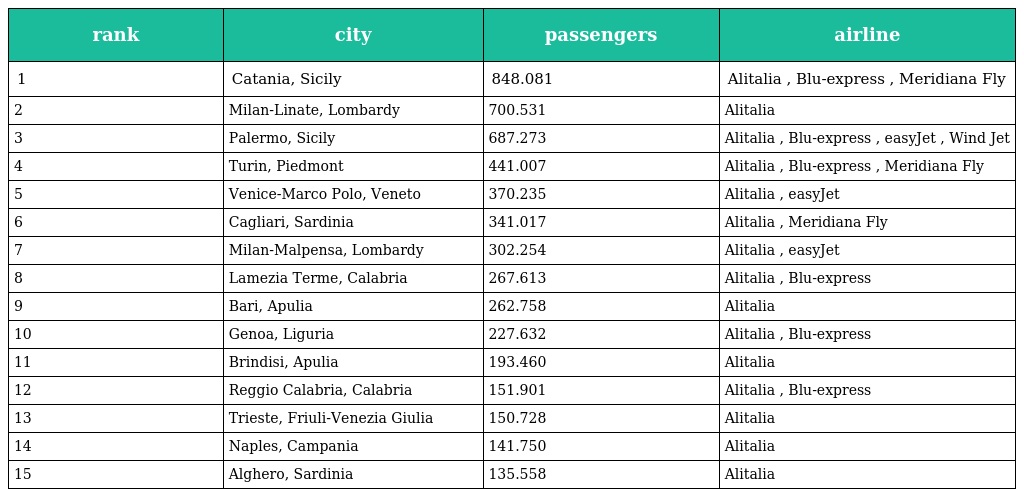
| rank | city | passengers | airline |
 | --- | --- | --- | --- |
 | 1 | Catania, Sicily | 848.081 | Alitalia , Blu-express , Meridiana Fly |
 | 2 | Milan-Linate, Lombardy | 700.531 | Alitalia |
 | 3 | Palermo, Sicily | 687.273 | Alitalia , Blu-express , easyJet , Wind Jet |
 | 4 | Turin, Piedmont | 441.007 | Alitalia , Blu-express , Meridiana Fly |
 | 5 | Venice-Marco Polo, Veneto | 370.235 | Alitalia , easyJet |
 | 6 | Cagliari, Sardinia | 341.017 | Alitalia , Meridiana Fly |
 | 7 | Milan-Malpensa, Lombardy | 302.254 | Alitalia , easyJet |
 | 8 | Lamezia Terme, Calabria | 267.613 | Alitalia , Blu-express |
 | 9 | Bari, Apulia | 262.758 | Alitalia |
 | 10 | Genoa, Liguria | 227.632 | Alitalia , Blu-express |
 | 11 | Brindisi, Apulia | 193.460 | Alitalia |
 | 12 | Reggio Calabria, Calabria | 151.901 | Alitalia , Blu-express |
 | 13 | Trieste, Friuli-Venezia Giulia | 150.728 | Alitalia |
 | 14 | Naples, Campania | 141.750 | Alitalia |
 | 15 | Alghero, Sardinia | 135.558 | Alitalia |